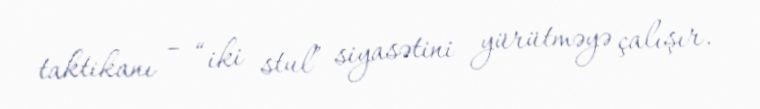
taktikanı – “iki stul” siyasətini yürütməyə çalışır.